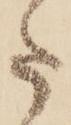
た